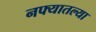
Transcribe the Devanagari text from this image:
नफ्यातल्या